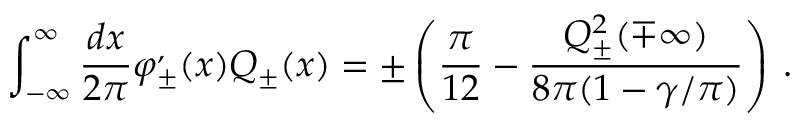
\displaystyle \int _ { - \infty } ^ { \infty } \frac { d x } { 2 \pi } \varphi _ { \pm } ^ { , } ( x ) { \cal Q } _ { \pm } ( x ) = \pm \left( \frac { \pi } { 1 2 } - \frac { { \cal Q } _ { \pm } ^ { 2 } ( \mp \infty ) } { 8 \pi ( 1 - \gamma / \pi ) } \right) \: .